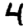
Digit: 4